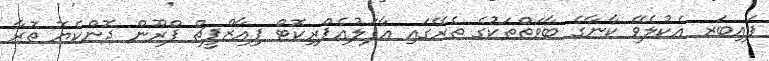
ފައިބަރ އެކުލެވޭ ކާނާގެ ބާވަތްތަކުގެ ތެރޭގައި އާފަލުއެޕްރިކޮޓް ޕިއާޒްޕީޗް ޕްރޫން ދޮންކެޔޮ ތޮރާ